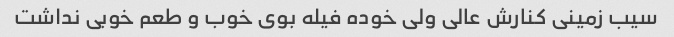
سیب زمینی کنارش عالی ولی خوده فیله بوی خوب و طعم خوبی نداشت